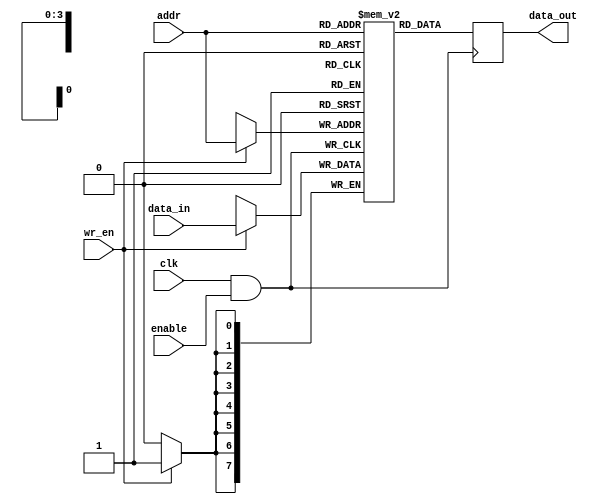
module memory_block (
    input wire clk,         // Main clock signal
    input wire enable,      // Enable signal for clock gating
    input wire [7:0] data_in, // Data input for memory
    input wire wr_en,       // Write enable signal
    input wire [3:0] addr,  // Address input
    output reg [7:0] data_out // Data output from memory
);
    // Memory array declaration (for example, 16 x 8 bits)
    reg [7:0] memory_array [0:15]; 

    // Clock gating logic
    wire gated_clk;
    
    // Clock Gating Cell: AND gate for gating the clock
    assign gated_clk = clk & enable;

    // Memory operations
    always @(posedge gated_clk) begin
        if (wr_en) begin
            // Write operation
            memory_array[addr] <= data_in;
        end
        // Read operation (on the next clock cycle)
        data_out <= memory_array[addr];
    end
endmodule